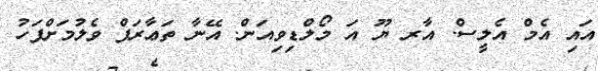
އައި އެމް އެލީސް. އާރ ޔޫ އަ މޯލްޑިވިއަން. އޭނާ ތަޢާރަފް ވެލުމަށްފަހު